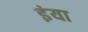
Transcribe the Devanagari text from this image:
इंया